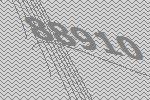
88910